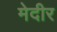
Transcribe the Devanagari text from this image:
मेदीर